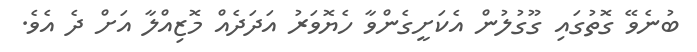
ބުނެވޭ ގޮތުގައި ގޫގުލުން އެކަށީގެންވާ ހެޔޮވަރު އަދަދެއް މޮޒިއްލާ އަށް ދެ އެވެ.